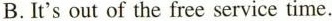
B.It's out of the free service time.